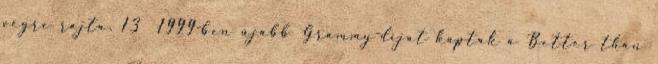
végre rajta. 13 1999-ben újabb Grammy-díjat kaptak a Better than